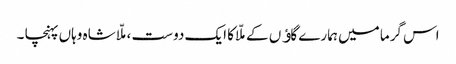
اس گرما میں ہمارے گاﺅں کے ملّا کا ایک دوست ،ملّا شاہ وہاں پہنچا ۔